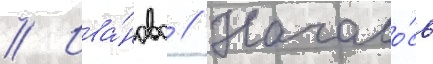
// Ива́ново // Начало́сь